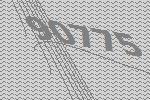
90775